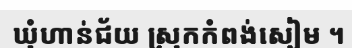
ឃុំហាន់ជ័យ ស្រុកកំពង់សៀម ។